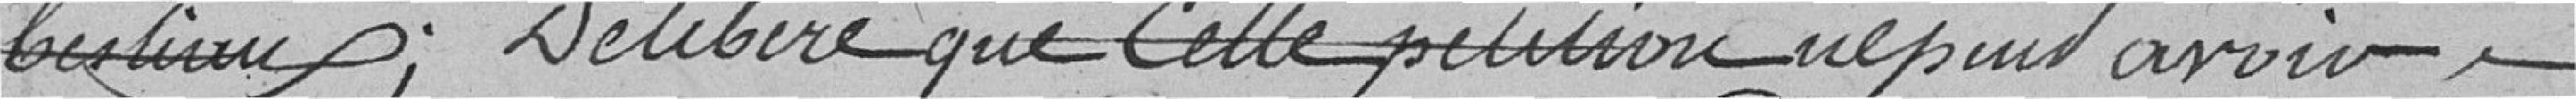
bestiaux , Délivre que cette pétition ne peut avoir